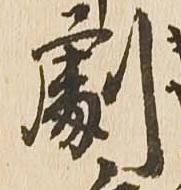
劇